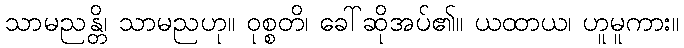
သာမညန္တိ၊ သာမညဟု။ ဝုစ္စတိ၊ ခေါ်ဆိုအပ်၏။ ယထာယ၊ ဟူမူကား။